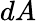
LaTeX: dA